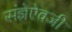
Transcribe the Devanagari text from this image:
संज्ञेऐवजी